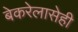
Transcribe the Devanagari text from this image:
बेकरेलासेही